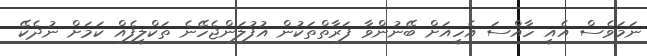
ނަމަވެސް އެއީ ހާއްސަ އެހީއަށް ބޭނުންވާ ފަރާތްތަކުން އުފުލަންޖެހޭނެ ތަކްލީފެއް ކަމަށް ނުދެކޭ